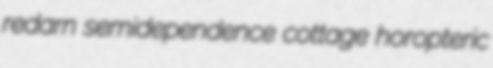
redarn semidependence cottage horopteric